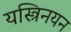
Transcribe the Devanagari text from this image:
यस्त्रिनयन